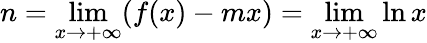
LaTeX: n=\operatorname*{lim}_{x\rightarrow+\infty}(f(x)-mx)=\operatorname*{lim}_{x\rightarrow+\infty}\ln x